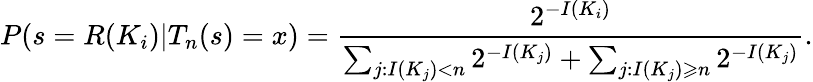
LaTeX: P(s=R(K_{i})|T_{n}(s)=x)={\frac{2^{-I(K_{i})}}{\sum_{j:I(K_{j})<n}2^{-I(K_{j})}+\sum_{j:I(K_{j})\geqslant n}2^{-I(K_{j})}}}.